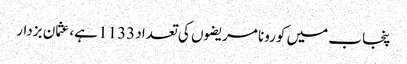
پنجاب میں کورونا مریضوں کی تعداد 1133 ہے، عثمان بزدار